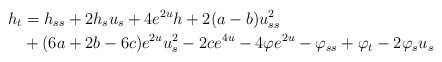
\begin{align*}h_t & =h_{ss}+2h_su_s+4e^{2u}h+2(a-b)u_{ss}^2\\ & +(6a+2b-6c)e^{2u}u_s^2-2ce^{4u}-4\varphi e^{2u}-\varphi_{ss}+\varphi_t-2\varphi_su_s\end{align*}